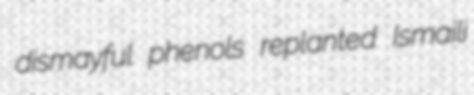
dismayful phenols replanted Ismaili